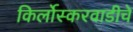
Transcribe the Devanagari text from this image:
किर्लोस्करवाडीचे